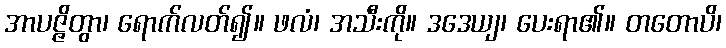
အာပဇ္ဇိတွာ၊ ရောက်လတ်၍။ ဖလံ၊ အသီးကို။ ဒဒေယျ၊ ပေးရာ၏။ တတောပိ၊